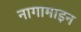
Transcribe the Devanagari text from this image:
नागामाइन